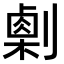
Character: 𠟫